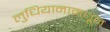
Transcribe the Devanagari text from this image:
लुधियानामधून